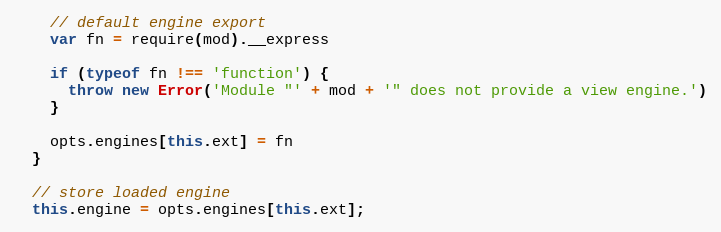
Language: JavaScript
    // default engine export
    var fn = require(mod).__express

    if (typeof fn !== 'function') {
      throw new Error('Module "' + mod + '" does not provide a view engine.')
    }

    opts.engines[this.ext] = fn
  }

  // store loaded engine
  this.engine = opts.engines[this.ext];